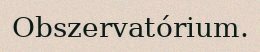
Obszervatórium.